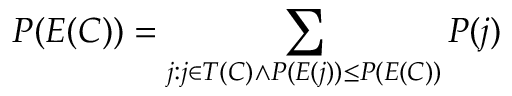
P ( E ( C ) ) = \sum _ { j : j \in T ( C ) \land P ( E ( j ) ) \leq P ( E ( C ) ) } P ( j )